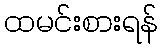
ထမင်းစားရန်